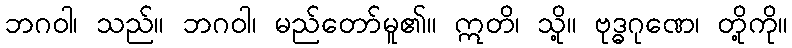
ဘဂဝါ၊ သည်။ ဘဂဝါ၊ မည်တော်မူ၏။ ဣတိ၊ သို့။ ဗုဒ္ဓဂုဏေ၊ တို့ကို။